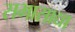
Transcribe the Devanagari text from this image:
सभासाद्या